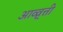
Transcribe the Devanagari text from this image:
आव्व्र्त्ती